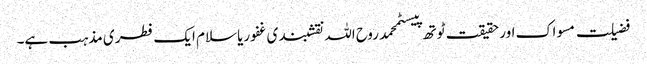
فضیلت مسواک اور حقیقت ٹوتھ پیسٹمحمد روح اللہ نقشبندی غفوریاسلام ایک فطری مذہب ہے۔